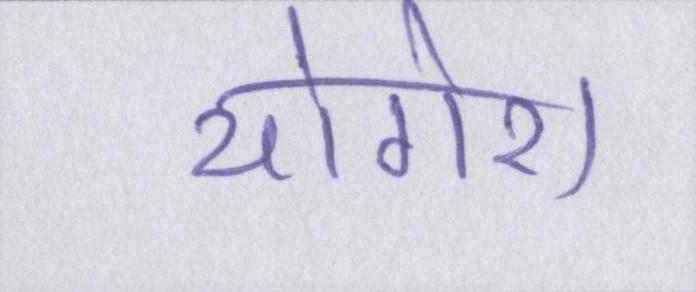
योगेश